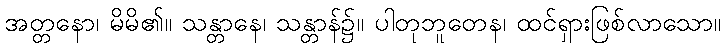
အတ္တနော၊ မိမိ၏။ သန္တာနေ၊ သန္တာန်၌။ ပါတုဘူတေန၊ ထင်ရှားဖြစ်လာသော။